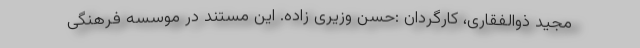
مجید ذوالفقاری، کارگردان :حسن وزیری زاده. این مستند در موسسه فرهنگی